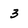
Character: 3